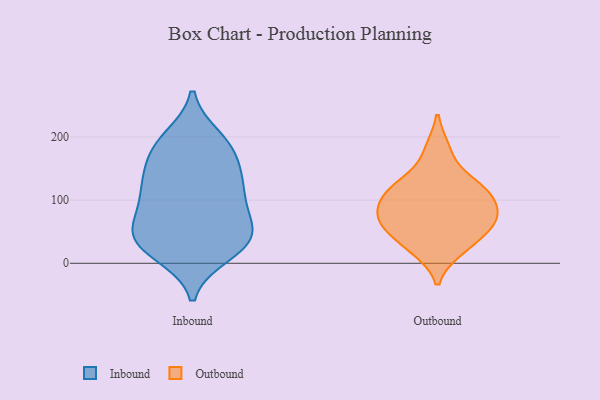
{"axis": {"x": "Tickets Resolved", "y": "Value"}, "legend": ["Inbound", "Outbound"], "data": [{"x": "", "y": 35, "type": "Inbound"}, {"x": "", "y": 144, "type": "Inbound"}, {"x": "", "y": 122, "type": "Inbound"}, {"x": "", "y": 87, "type": "Inbound"}, {"x": "", "y": 176, "type": "Inbound"}, {"x": "", "y": 41, "type": "Inbound"}, {"x": "", "y": 188, "type": "Inbound"}, {"x": "", "y": 15, "type": "Inbound"}, {"x": "", "y": 46, "type": "Inbound"}, {"x": "", "y": 119, "type": "Inbound"}, {"x": "", "y": 184, "type": "Inbound"}, {"x": "", "y": 26, "type": "Inbound"}, {"x": "", "y": 62, "type": "Inbound"}, {"x": "", "y": 65, "type": "Inbound"}, {"x": "", "y": 134, "type": "Inbound"}, {"x": "", "y": 28, "type": "Inbound"}, {"x": "", "y": 106, "type": "Inbound"}, {"x": "", "y": 198, "type": "Inbound"}, {"x": "", "y": 62, "type": "Outbound"}, {"x": "", "y": 122, "type": "Outbound"}, {"x": "", "y": 83, "type": "Outbound"}, {"x": "", "y": 32, "type": "Outbound"}, {"x": "", "y": 22, "type": "Outbound"}, {"x": "", "y": 69, "type": "Outbound"}, {"x": "", "y": 179, "type": "Outbound"}, {"x": "", "y": 93, "type": "Outbound"}, {"x": "", "y": 63, "type": "Outbound"}, {"x": "", "y": 118, "type": "Outbound"}, {"x": "", "y": 120, "type": "Outbound"}]}